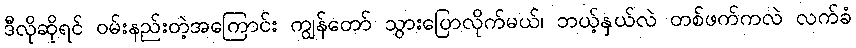
ဒီလိုဆိုရင် ဝမ်းနည်းတဲ့အကြောင်း ကျွန်တော် သွားပြောလိုက်မယ်၊ ဘယ့်နှယ်လဲ တစ်ဖက်ကလဲ လက်ခံ